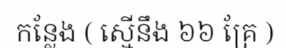
កន្លែង ( ស្មើនឹង ៦៦ គ្រែ )